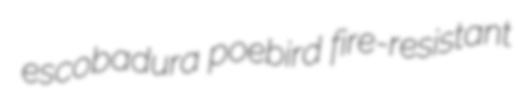
escobadura poebird fire-resistant